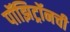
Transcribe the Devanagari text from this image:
पॉझिट्रॉनची